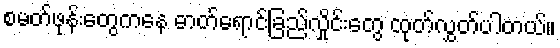
စမတ်ဖုန်းတွေကနေ ဓာတ်ရောင်ခြည်လှိုင်းတွေ ထုတ်လွှတ်ပါတယ်။